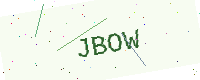
Text: JBOW